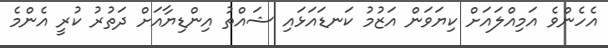
އެހެންވެ އަމިއްލައަށް ކިޔަވަން އަޒުމު ކަނޑައަޅައި ޝައްތު އިންޑިޔާއަށް ދަތުރު ކުރީ އެންމެ